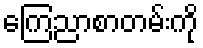
ကြေညာစာတမ်းကို